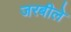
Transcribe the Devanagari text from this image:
जरबीले